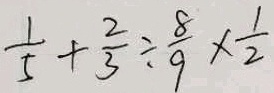
\frac { 1 } { 5 } + \frac { 2 } { 3 } \div \frac { 8 } { 9 } \times \frac { 1 } { 2 }